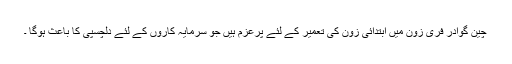
چین گوادر فری زون میں ابتدائی زون کی تعمیر کے لئے پرعزم ہیں جو سرمایہ کاروں کے لئے دلچسپی کا باعث ہوگا ۔